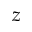
z